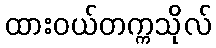
ထားဝယ်တက္ကသိုလ်